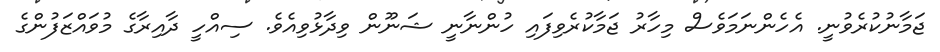
ޖަމާނުކުރެވުނީ. އެހެންނަމަވެސް މިހާރު ޖަމާކުރެވިފައި ހުންނާނީ ޝަނޫން ވިދާޅުވިއެވެ. ސިއްހީ ދާއިރާގެ މުވައްޒަފުންގެ